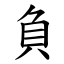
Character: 負